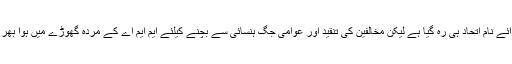
اب حال یہ ہے کہ عملاً ایم ایم اے صرف برائے نام اتحاد ہی رہ گیا ہے لیکن مخالفین کی تنقید اور عوامی جگ ہنسائی سے بچنے کیلئے ایم ایم اے کے مردہ گھوڑے میں ہوا بھر کے سانسیں چلنے کی تسلی دی جارہی ہے۔